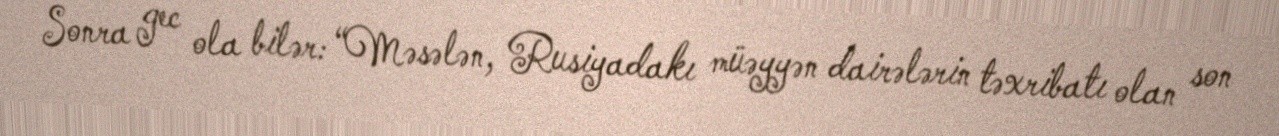
Sonra gec ola bilər: “Məsələn, Rusiyadakı müəyyən dairələrin təxribatı olan son